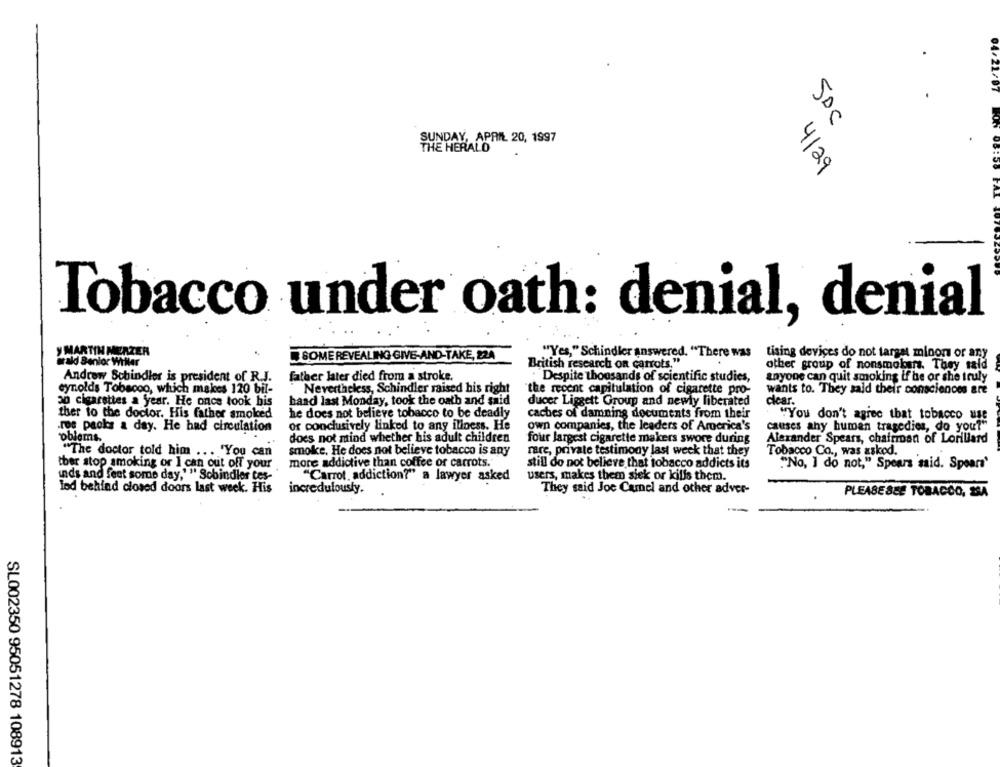
04/22
SDC
SUNDAY, APRIL 20, 1997
THE HERALD
4129
Tobacco under oath: denial, denial
y MARTIN MERZER
SOME REVEALING GIVE-AND-TAKE, 224
"Yes," Schindler answered. "There was
tising devices do not target minor or any
arald Senlor Willer
British research on carrots."
other group of nonsmokers. They said
Andrew Schindler is president of R.J.
father later died from a stroke.
Despite thousands of scientific studies,
anyone can quit smoking if he or she truly
eynolds Tobacco, which makes 120 bil-
Nevertheless, Schindler raised his right
the recent capitulation of cigarette pro-
wants to. They said their consciences are
30 cigarettes a year. He once took bis
hand last Monday, took the oath and said
ducer Liggett Group and newly liberated
clear.
ther to the doctor. His father smoked
he does not believe tobacco to be deadly
caches of damning documents from their
"You don't agree that tobacco use
.ros packs a day. He had circulation
or conclusively linked to any illness. He
own companies, the leaders of America's
causes any human tragedies, do you?"
oblems.
does not mind whether his adult children
four largest cigarette makers swore during
Alexander Spears, chairman of Lorillard
smoke. He does not believe tobacco is any
rare, private testimony last week that they
Tobacco Co ., was asked.
"The doctor told him ... "You can
ther stop smoking or I can cut off your
more addictive than coffee or carrots."
still do not believe that tobacco addicts its
"No, I do not," Spears 'said. Spears'
"Carrot. addiction?" a lawyer asked
users, makes them siek or kills them.
unds and feet some day," " Sobindler tes-
lod behind closed doors last week. His
incredulousty.
They said Joe Camel and other adver-
PLEASE SEE TOBACCO, SSA
SL002350 95051278 108913